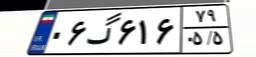
۰۶گ۶۱۶۷۹